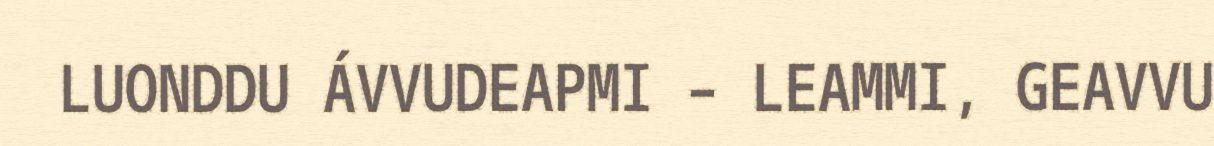
LUONDDU ÁVVUDEAPMI – LEAMMI, GEAVVU